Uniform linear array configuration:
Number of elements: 32
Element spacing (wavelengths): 1
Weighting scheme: kaiser
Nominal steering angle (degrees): -15
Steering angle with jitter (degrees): -13.897
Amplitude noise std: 0.05
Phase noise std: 0.05

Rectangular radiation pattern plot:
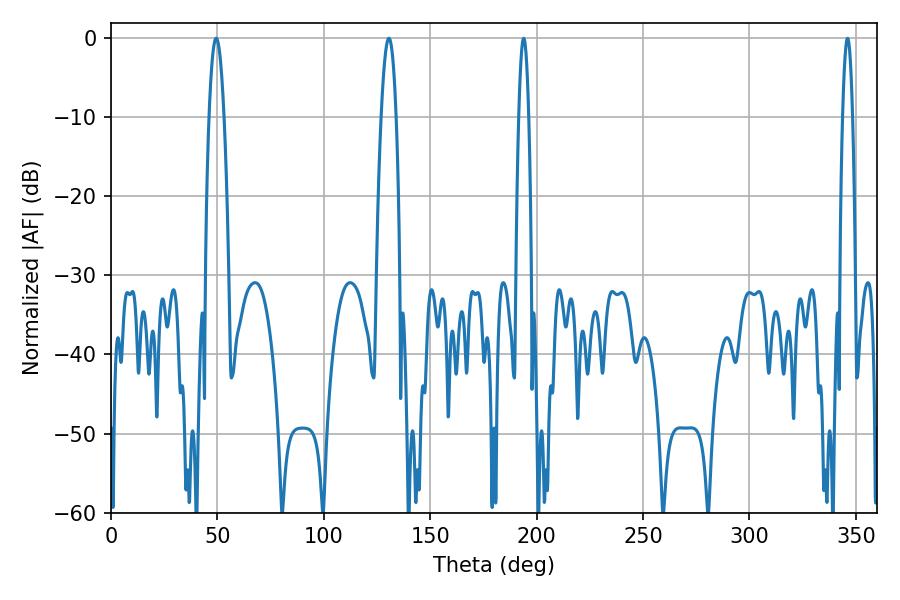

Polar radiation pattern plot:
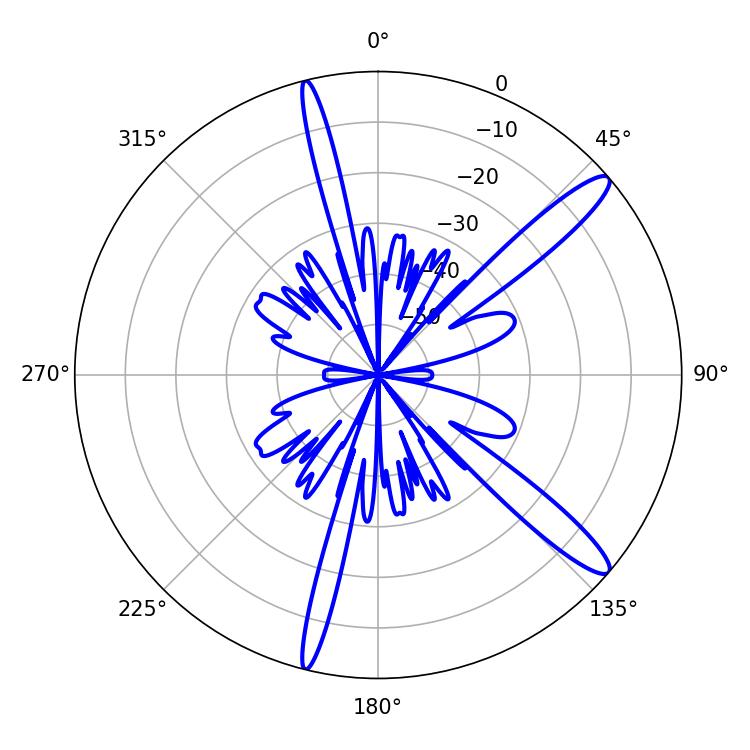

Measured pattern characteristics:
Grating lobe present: TRUE
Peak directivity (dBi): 13.566
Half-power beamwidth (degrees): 3.78
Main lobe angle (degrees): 49.5